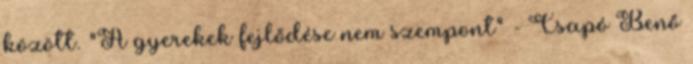
között. "A gyerekek fejlődése nem szempont" - Csapó Benő